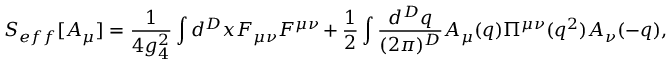
S _ { e f f } [ A _ { \mu } ] = { \frac { 1 } { 4 g _ { 4 } ^ { 2 } } } \int d ^ { D } x F _ { \mu \nu } F ^ { \mu \nu } + { \frac { 1 } { 2 } } \int { \frac { d ^ { D } q } { ( 2 \pi ) ^ { D } } } A _ { \mu } ( q ) \Pi ^ { \mu \nu } ( q ^ { 2 } ) A _ { \nu } ( - q ) ,